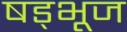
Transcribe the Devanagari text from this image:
षड्भूज